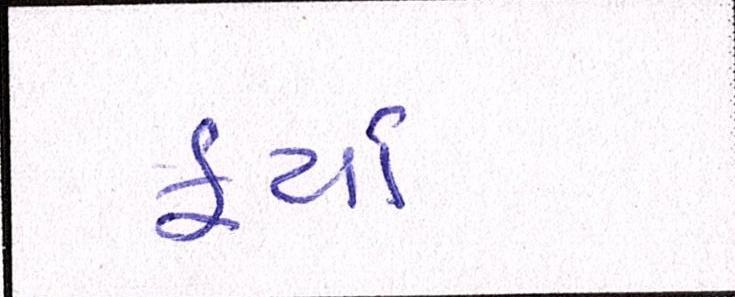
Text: ફર્યા